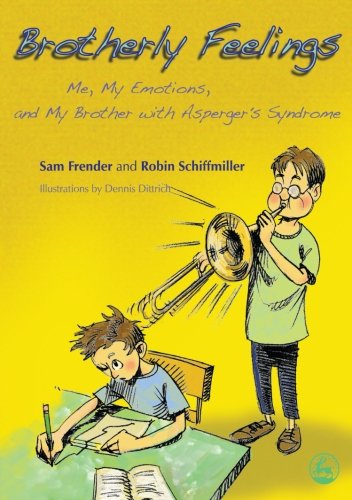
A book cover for Brotherly Feelings: Me, My Emotions, and My Brother with Asperger's Syndrome; Sam Frender; Parenting & Relationships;